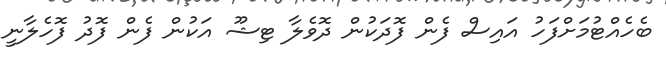
ބެހެއްޓުމަށްފަހު އައިސް ފެން ފޮދަކުން ދޮވެލާ ޓިޝޫ އަކުން ފެން ފޮދު ފޮހެލާނީ